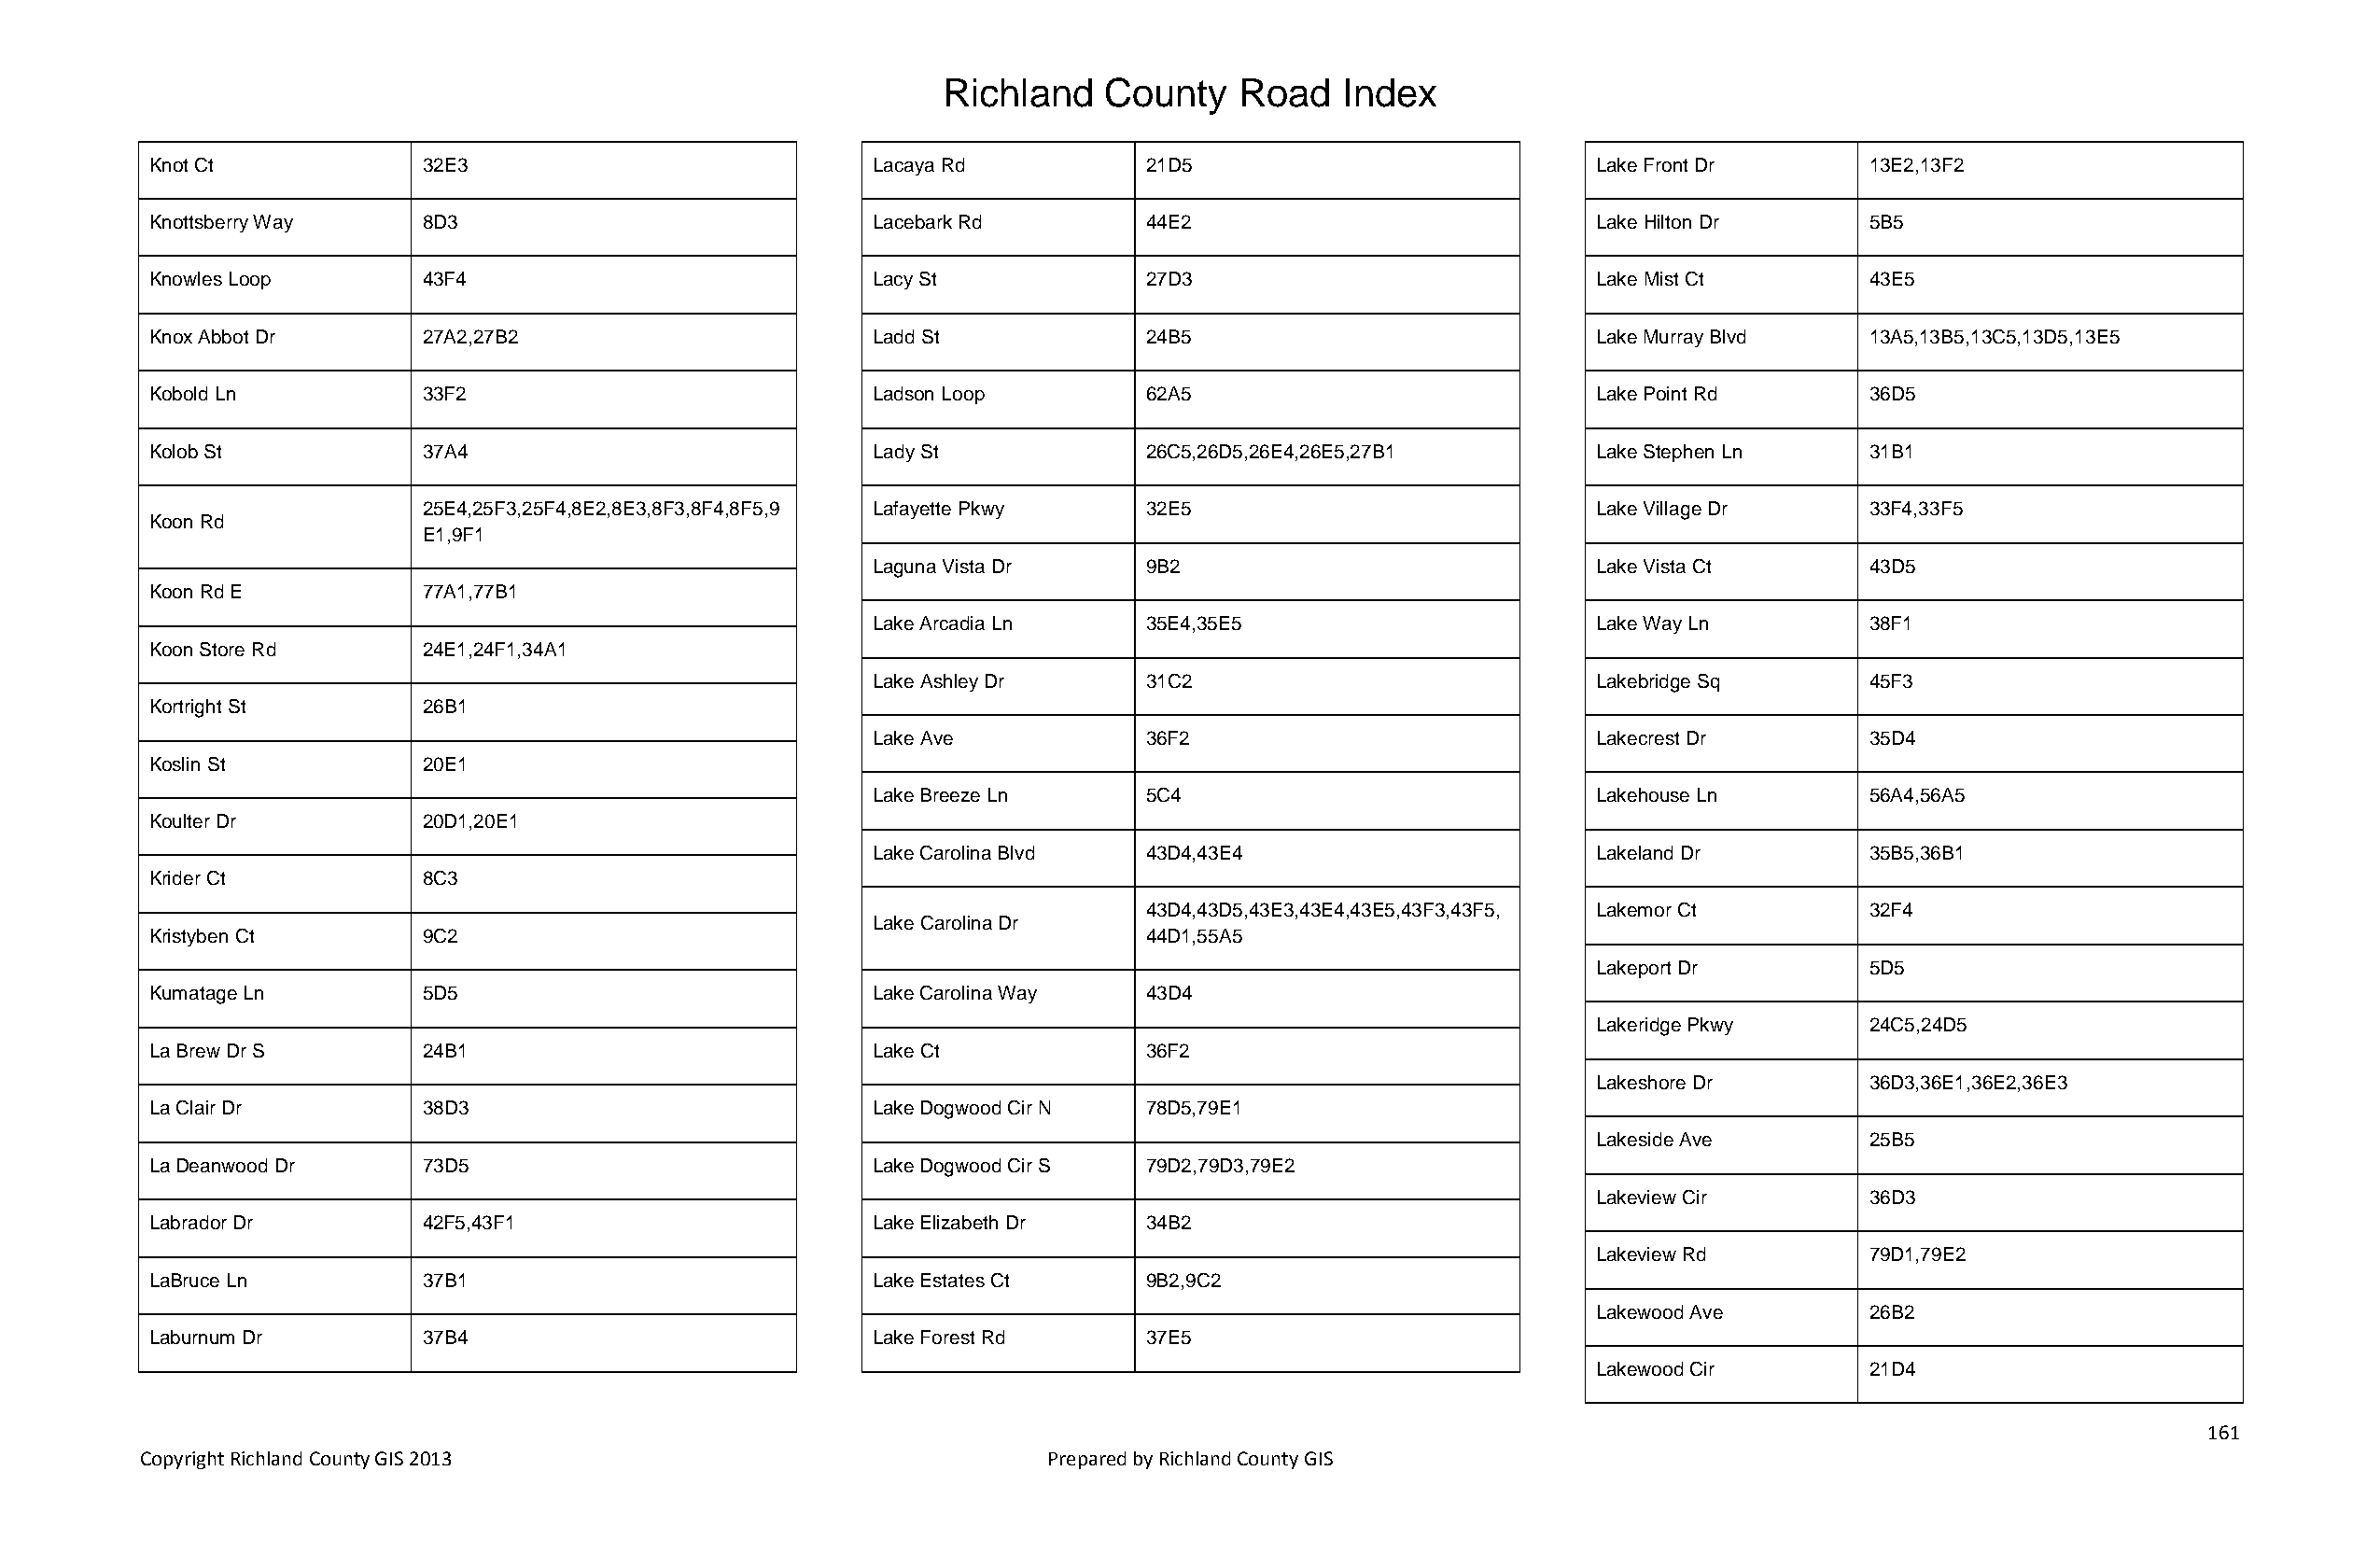
Richland   County    Road   Index
 Knot Ct            32E3                            Lacaya Rd          21D5                            Lake Front Dr       13E2,13F2
 Knottsberry Way    8D3                             Lacebark Rd        44E2                            Lake Hilton Dr      5B5
 Knowles Loop       43F4                            Lacy St            27D3                            Lake Mist Ct        43E5
 Knox Abbot Dr      27A2,27B2                       Ladd St            24B5                            Lake Murray Blvd    13A5,13B5,13C5,13D5,13E5
 Kobold Ln          33F2                            Ladson Loop        62A5                            Lake Point Rd       36D5
 Kolob St           37A4                            Lady St            26C5,26D5,26E4,26E5,27B1        Lake Stephen Ln     31B1
 25E4,25F3,25F4,8E2,8E3,8F3,8F4,8F5,9 Lafayette Pkwy 32E5                           Lake Village Dr     33F4,33F5
 Koon Rd
 E1,9F1
 Laguna Vista Dr    9B2                             Lake Vista Ct       43D5
 Koon Rd E          77A1,77B1
 Lake Arcadia Ln    35E4,35E5                       Lake Way Ln         38F1
 Koon Store Rd      24E1,24F1,34A1
 Lake Ashley Dr     31C2                            Lakebridge Sq       45F3
 Kortright St       26B1
 Lake Ave           36F2                            Lakecrest Dr        35D4
 Koslin St          20E1
 Lake Breeze Ln     5C4                             Lakehouse Ln        56A4,56A5
 Koulter Dr         20D1,20E1
 Lake Carolina Blvd 43D4,43E4                       Lakeland Dr         35B5,36B1
 Krider Ct          8C3
 43D4,43D5,43E3,43E4,43E5,43F3,43F5, Lakemor Ct      32F4
 Lake Carolina Dr
 Kristyben Ct       9C2                                                44D1,55A5
 Lakeport Dr         5D5
 Kumatage Ln        5D5                             Lake Carolina Way  43D4
 Lakeridge Pkwy      24C5,24D5
 La Brew Dr S       24B1                            Lake Ct            36F2
 Lakeshore Dr        36D3,36E1,36E2,36E3
 La Clair Dr        38D3                            Lake Dogwood Cir N 78D5,79E1
 Lakeside Ave        25B5
 La Deanwood Dr     73D5                            Lake Dogwood Cir S 79D2,79D3,79E2
 Lakeview Cir        36D3
 Labrador Dr        42F5,43F1                       Lake Elizabeth Dr  34B2
 Lakeview Rd         79D1,79E2
 LaBruce Ln         37B1                            Lake Estates Ct    9B2,9C2
 Lakewood Ave        26B2
 Laburnum Dr        37B4                            Lake Forest Rd     37E5
 Lakewood Cir        21D4
 161
 Copyright Richland County GIS 2013                              Prepared by Richland County GIS